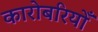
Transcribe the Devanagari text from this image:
कारोबरियोँ